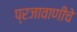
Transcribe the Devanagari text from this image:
प्रजावाणीचे